Leaving Certificate Examination (including Day School Certificate (Higher) General paper), 1939
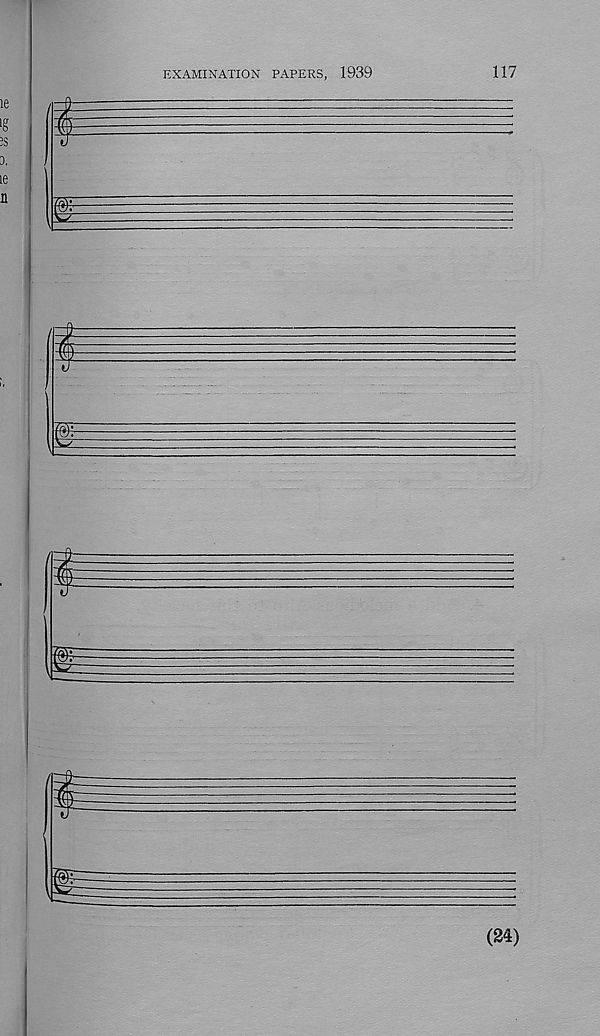
EXAMINATION PAPERS, 1939
117